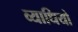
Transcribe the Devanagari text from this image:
व्याधियो